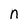
Character: n